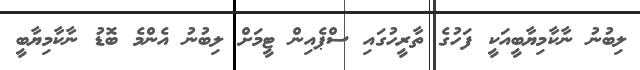
ލިބުނު ނާކާމިޔާބީއަކީ ފަހުގެ ތާރީހުގައި ސްޕެއިން ޓީމަށް ލިބުނު އެންމެ ބޮޑު ނާކާމިޔާބީ